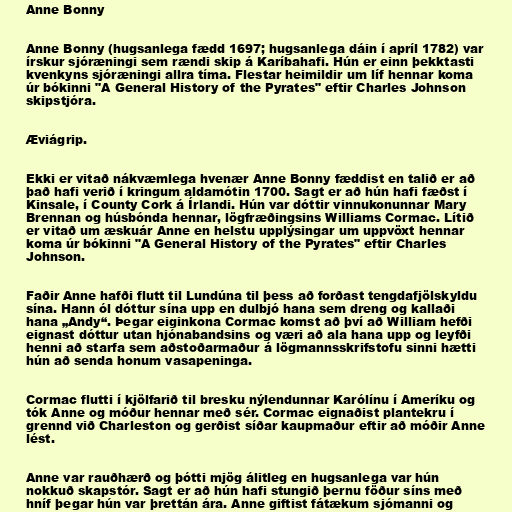
Anne Bonny

Anne Bonny (hugsanlega fædd 1697; hugsanlega dáin í apríl 1782) var
írskur sjóræningi sem rændi skip á Karíbahafi. Hún er einn þekktasti
kvenkyns sjóræningi allra tíma. Flestar heimildir um líf hennar koma
úr bókinni "A General History of the Pyrates" eftir Charles Johnson
skipstjóra.

Æviágrip.

Ekki er vitað nákvæmlega hvenær Anne Bonny fæddist en talið er að
það hafi verið í kringum aldamótin 1700. Sagt er að hún hafi fæðst í
Kinsale, í County Cork á Írlandi. Hún var dóttir vinnukonunnar Mary
Brennan og húsbónda hennar, lögfræðingsins Williams Cormac. Lítið
er vitað um æskuár Anne en helstu upplýsingar um uppvöxt hennar
koma úr bókinni "A General History of the Pyrates" eftir Charles
Johnson.

Faðir Anne hafði flutt til Lundúna til þess að forðast tengdafjölskyldu
sína. Hann ól dóttur sína upp en dulbjó hana sem dreng og kallaði
hana „Andy“. Þegar eiginkona Cormac komst að því að William hefði
eignast dóttur utan hjónabandsins og væri að ala hana upp og leyfði
henni að starfa sem aðstoðarmaður á lögmannsskrifstofu sinni hætti
hún að senda honum vasapeninga.

Cormac flutti í kjölfarið til bresku nýlendunnar Karólínu í Ameríku og
tók Anne og móður hennar með sér. Cormac eignaðist plantekru í
grennd við Charleston og gerðist síðar kaupmaður eftir að móðir Anne
lést.

Anne var rauðhærð og þótti mjög álitleg en hugsanlega var hún
nokkuð skapstór. Sagt er að hún hafi stungið þernu föður síns með
hníf þegar hún var þrettán ára. Anne giftist fátækum sjómanni og